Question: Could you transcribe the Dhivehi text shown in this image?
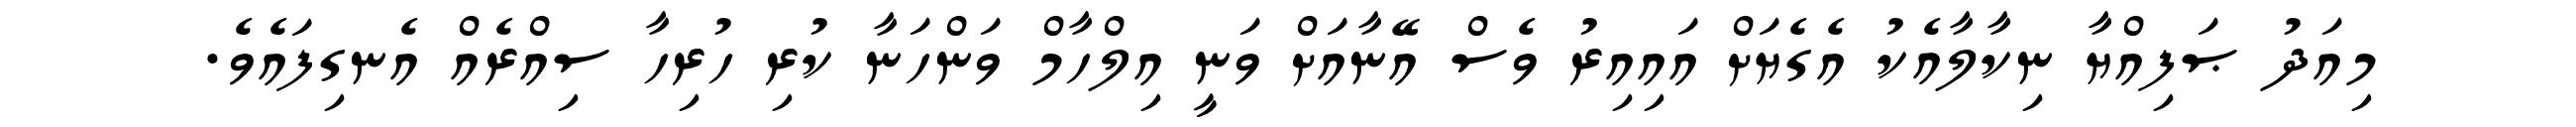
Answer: މިއަދު ޞަފިއްޔާ ނިކާލާއެކު އެގެޔަށް އައިއިރު ވެސް އޭނާއަށް ވަނީ އިލްހާމް ވަންހަނާ ކުރި ހުރިހާ ސިއްރެއް އެނގިފައެވެ.